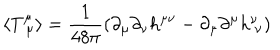
LaTeX: \langle T _ { \ \mu } ^ { \mu } \rangle = \frac { 1 } { 4 8 \pi } \left( \partial _ { \mu } \partial _ { \nu } h ^ { \mu \nu } - \partial _ { \mu } \partial ^ { \mu } h _ { \ \nu } ^ { \nu } \right)